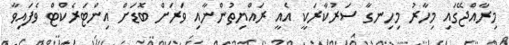
މިރާއްޖޭގައި މިހާރު މިހިނގާ ސަރުކާރަކީ އެއީ ރައްޔިތުންނާއި ވަރަށް ބޮޑަށް އިންޓަރެކްޓް ވެފައިވާ